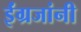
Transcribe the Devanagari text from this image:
ईंग्रजांनी